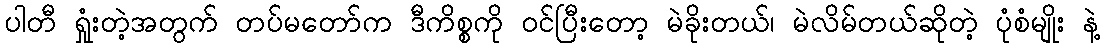
ပါတီ ရှုံးတဲ့အတွက် တပ်မတော်က ဒီကိစ္စကို ဝင်ပြီးတော့ မဲခိုးတယ်၊ မဲလိမ်တယ်ဆိုတဲ့ ပုံစံမျိုး နဲ့